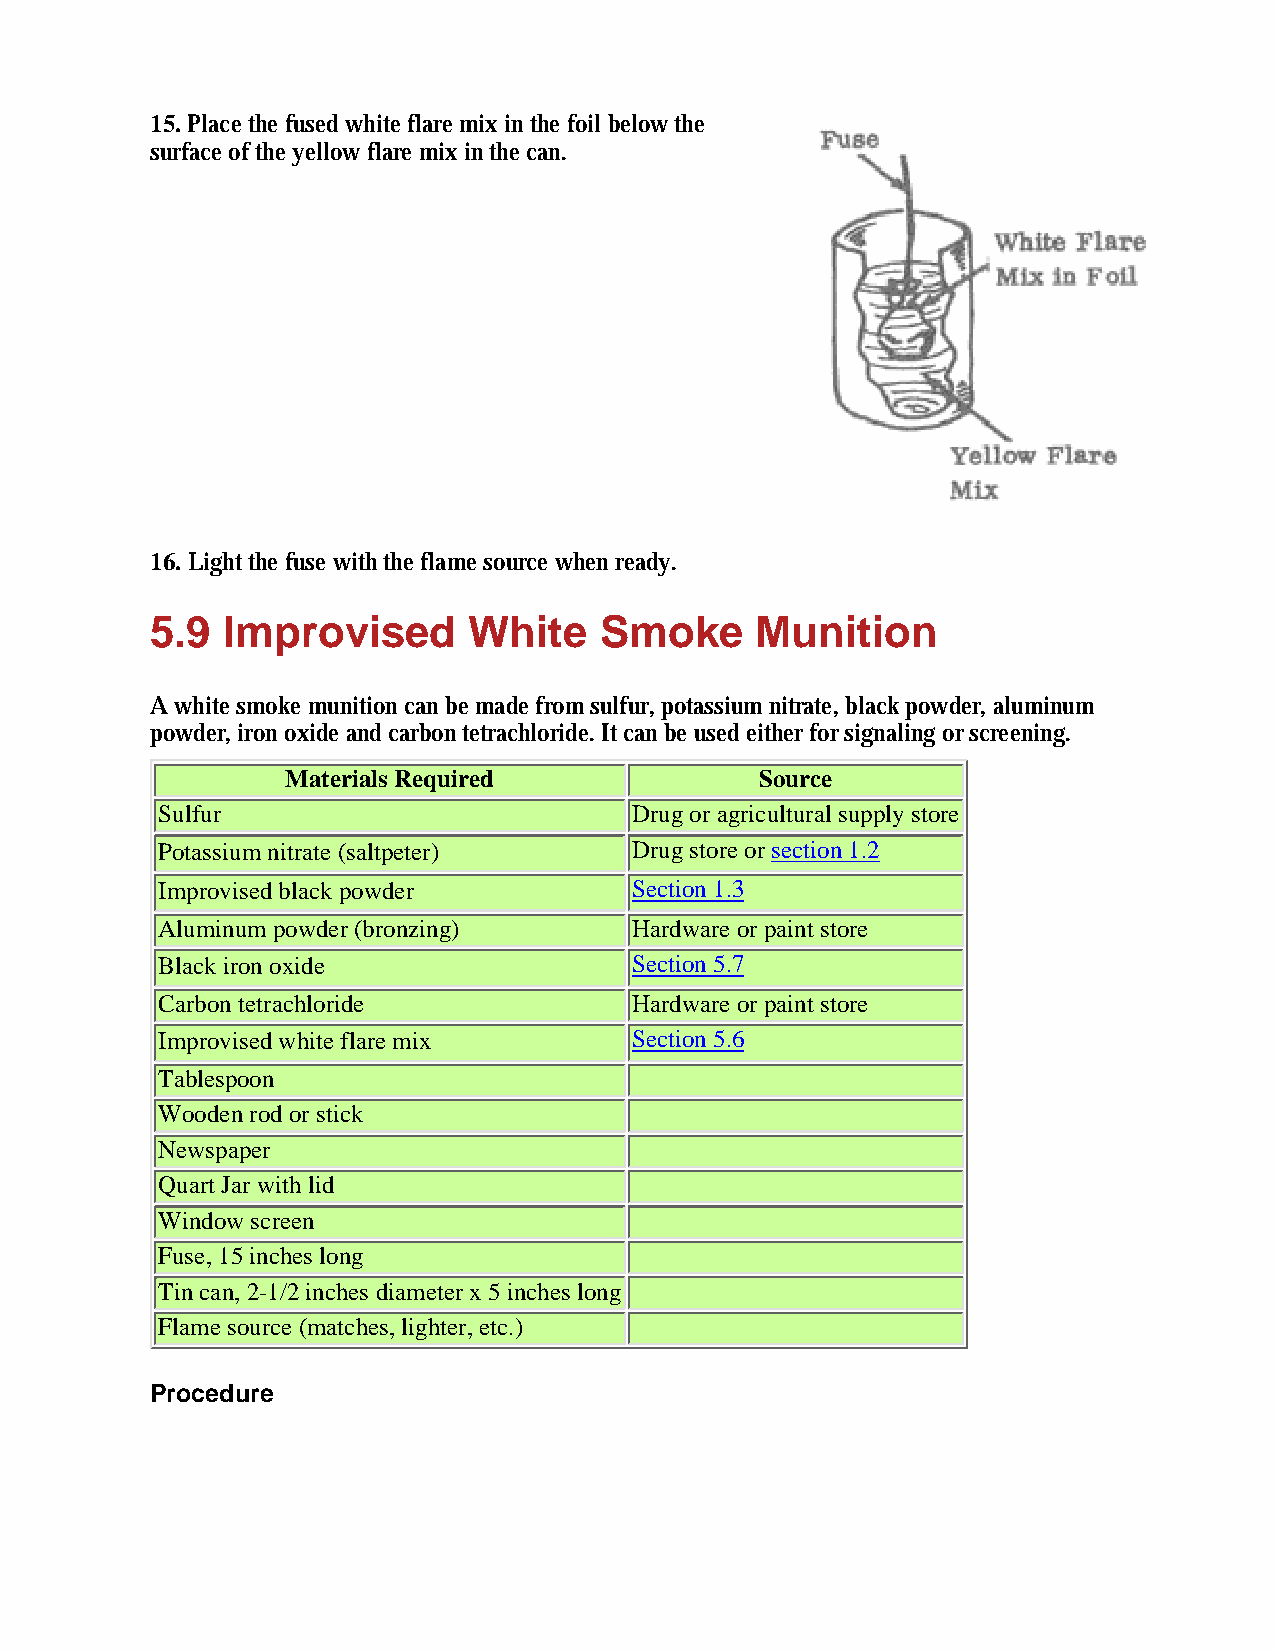
15. Place the fused white flare mix in the foil below the
 surface of the yellow flare mix in the can.
 16. Light the fuse with the flame source when ready.
 5.9  Improvised      White    Smoke     Munition
 A white smoke munition can be made from sulfur, potassium nitrate, black powder, aluminum
 powder, iron oxide and carbon tetrachloride. It can be used either for signaling or screening.
 Materials Required             Source
 Sulfur                          Drug or agricultural supply store
 Potassium nitrate (saltpeter)   Drug store or section 1.2
 Improvised black powder         Section 1.3
 Aluminum powder (bronzing)      Hardware or paint store
 Black iron oxide                Section 5.7
 Carbon tetrachloride            Hardware or paint store
 Improvised white flare mix      Section 5.6
 Tablespoon
 Wooden rod or stick
 Newspaper
 Quart Jar with lid
 Window screen
 Fuse, 15 inches long
 Tin can, 2-1/2 inches diameter x 5 inches long
 Flame source (matches, lighter, etc.)
 Procedure